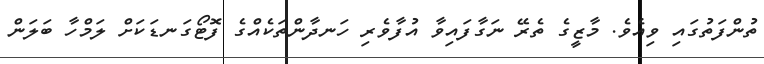
ތުންފަތުގައި ވިއެވެ. މާޒީގެ ތެރޭ ނަގާފައިވާ އުފާވެރި ހަނދާންތަކެއްގެ ފޮޓޯގަނޑަކަށް ލަމްހާ ބަލަން